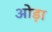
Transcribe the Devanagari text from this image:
ओड़ा